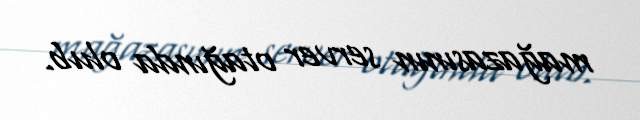
mağazasının server otağında olub.